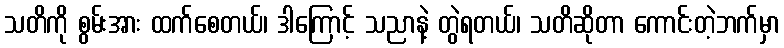
သတိကို စွမ်းအား ထက်စေတယ်၊ ဒါကြောင့် သညာနဲ့ တွဲရတယ်၊ သတိဆိုတာ ကောင်းတဲ့ဘက်မှာ